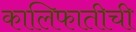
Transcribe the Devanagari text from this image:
कालिफातीची